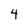
Character: 4